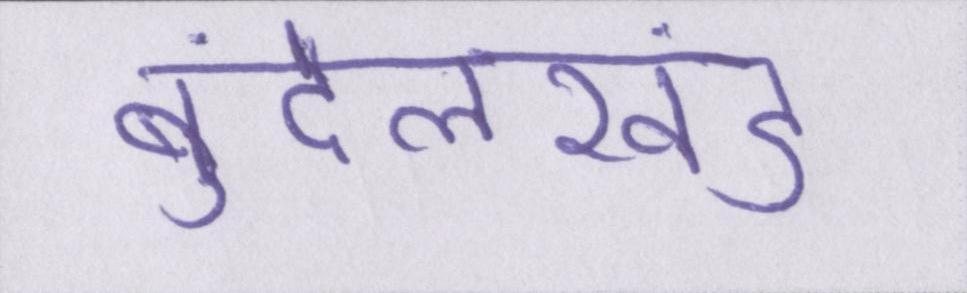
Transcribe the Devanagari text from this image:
बुंदेलखंड